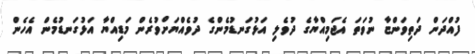
ފުއްދަން ދަތިވަންޏާ ނުވަތަ އެޖަމިއްޔާގެ ދުވެލި އަޅުގަނޑުމެންގެ ދުވެއްޔަށްވުރެން މަޑިއްޔާ އަޅުގަނޑުމެން އެހެން